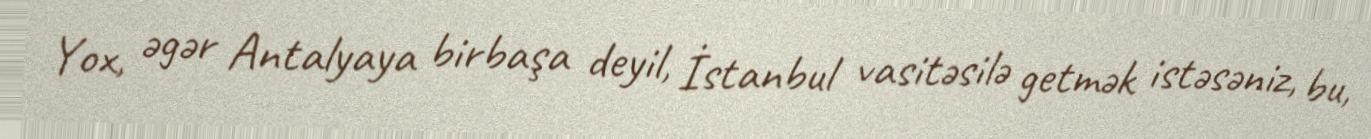
Yox, əgər Antalyaya birbaşa deyil, İstanbul vasitəsilə getmək istəsəniz, bu,